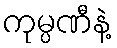
ကုမ္ပဏီနဲ့